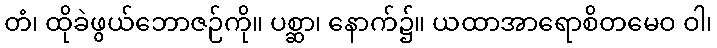
တံ၊ ထိုခဲဖွယ်ဘောဇဉ်ကို။ ပစ္ဆာ၊ နောက်၌။ ယထာအာရောစိတမေဝ ဝါ၊